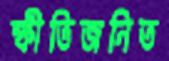
স্ফীতিজনিত